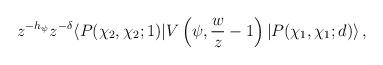
LaTeX: \begin{align*}z^{-h_\psi}z^{-\delta}\langle P(\chi_2,\chi_2;1)|V\left(\psi,{w\over z}-1\right)|P(\chi_1,\chi_1;d)\rangle\,,\end{align*}